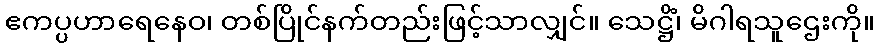
ဧကပ္ပဟာရေနေဝ၊ တစ်ပြိုင်နက်တည်းဖြင့်သာလျှင်။ သေဋ္ဌိံ၊ မိဂါရသူဌေးကို။